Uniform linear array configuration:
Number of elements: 64
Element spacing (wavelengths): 0.25
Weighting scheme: exponential
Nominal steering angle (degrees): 30
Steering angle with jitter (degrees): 28.583
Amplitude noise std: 0.05
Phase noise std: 0.05

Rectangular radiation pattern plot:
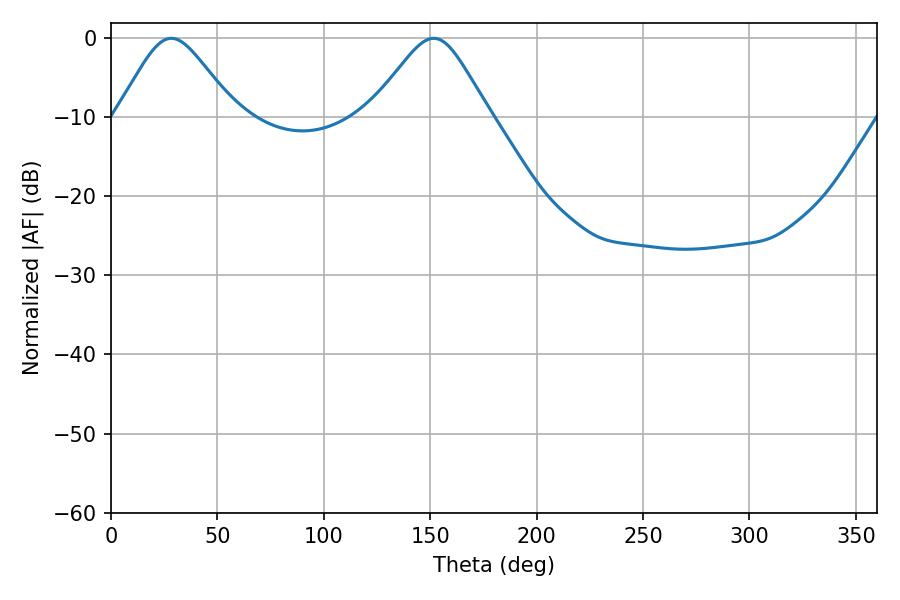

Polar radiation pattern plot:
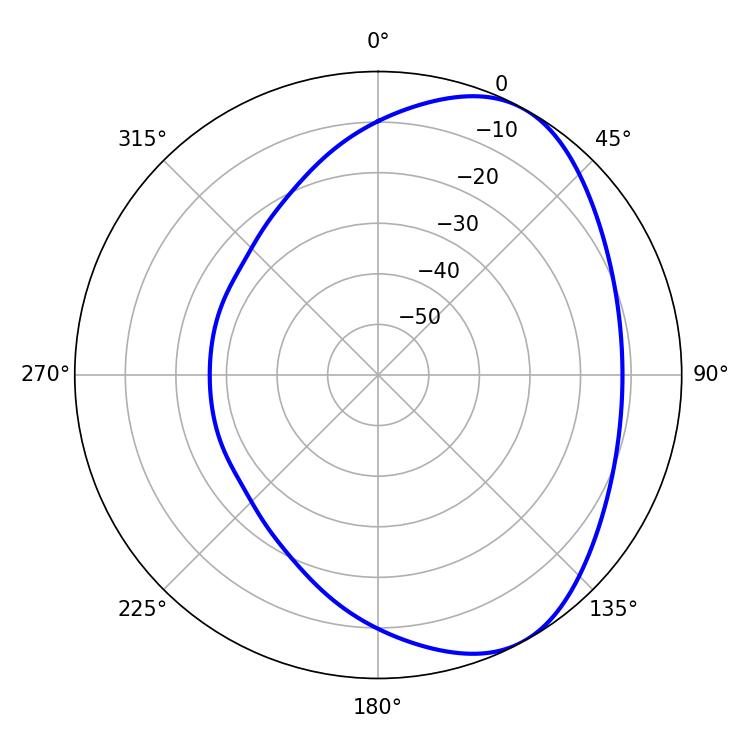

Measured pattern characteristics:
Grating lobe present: FALSE
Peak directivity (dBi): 5.279
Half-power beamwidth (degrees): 26.82
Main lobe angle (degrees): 28.44